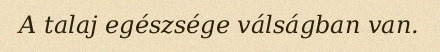
A talaj egészsége válságban van.